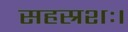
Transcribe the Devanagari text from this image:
सहस्रशः।